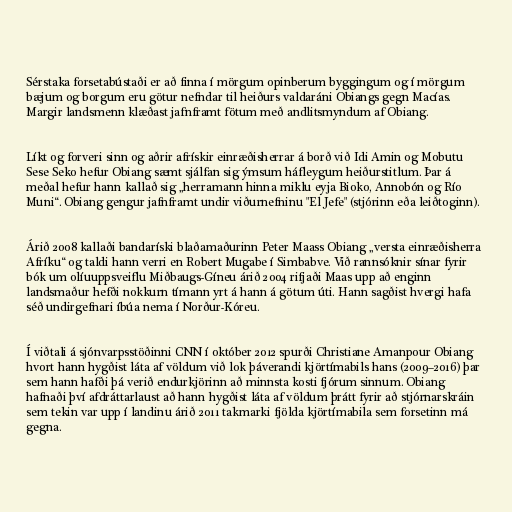
Sérstaka forsetabústaði er að finna í mörgum opinberum byggingum og í mörgum
bæjum og borgum eru götur nefndar til heiðurs valdaráni Obiangs gegn Macías.
Margir landsmenn klæðast jafnframt fötum með andlitsmyndum af Obiang.

Líkt og forveri sinn og aðrir afrískir einræðisherrar á borð við Idi Amin og Mobutu
Sese Seko hefur Obiang sæmt sjálfan sig ýmsum háfleygum heiðurstitlum. Þar á
meðal hefur hann kallað sig „herramann hinna miklu eyja Bioko, Annobón og Río
Muni“. Obiang gengur jafnframt undir viðurnefninu "El Jefe" (stjórinn eða leiðtoginn).

Árið 2008 kallaði bandaríski blaðamaðurinn Peter Maass Obiang „versta einræðisherra
Afríku“ og taldi hann verri en Robert Mugabe í Simbabve. Við rannsóknir sínar fyrir
bók um olíuuppsveiflu Miðbaugs-Gíneu árið 2004 rifjaði Maas upp að enginn
landsmaður hefði nokkurn tímann yrt á hann á götum úti. Hann sagðist hvergi hafa
séð undirgefnari íbúa nema í Norður-Kóreu.

Í viðtali á sjónvarpsstöðinni CNN í október 2012 spurði Christiane Amanpour Obiang
hvort hann hygðist láta af völdum við lok þáverandi kjörtímabils hans (2009–2016) þar
sem hann hafði þá verið endurkjörinn að minnsta kosti fjórum sinnum. Obiang
hafnaði því afdráttarlaust að hann hygðist láta af völdum þrátt fyrir að stjórnarskráin
sem tekin var upp í landinu árið 2011 takmarki fjölda kjörtímabila sem forsetinn má
gegna.